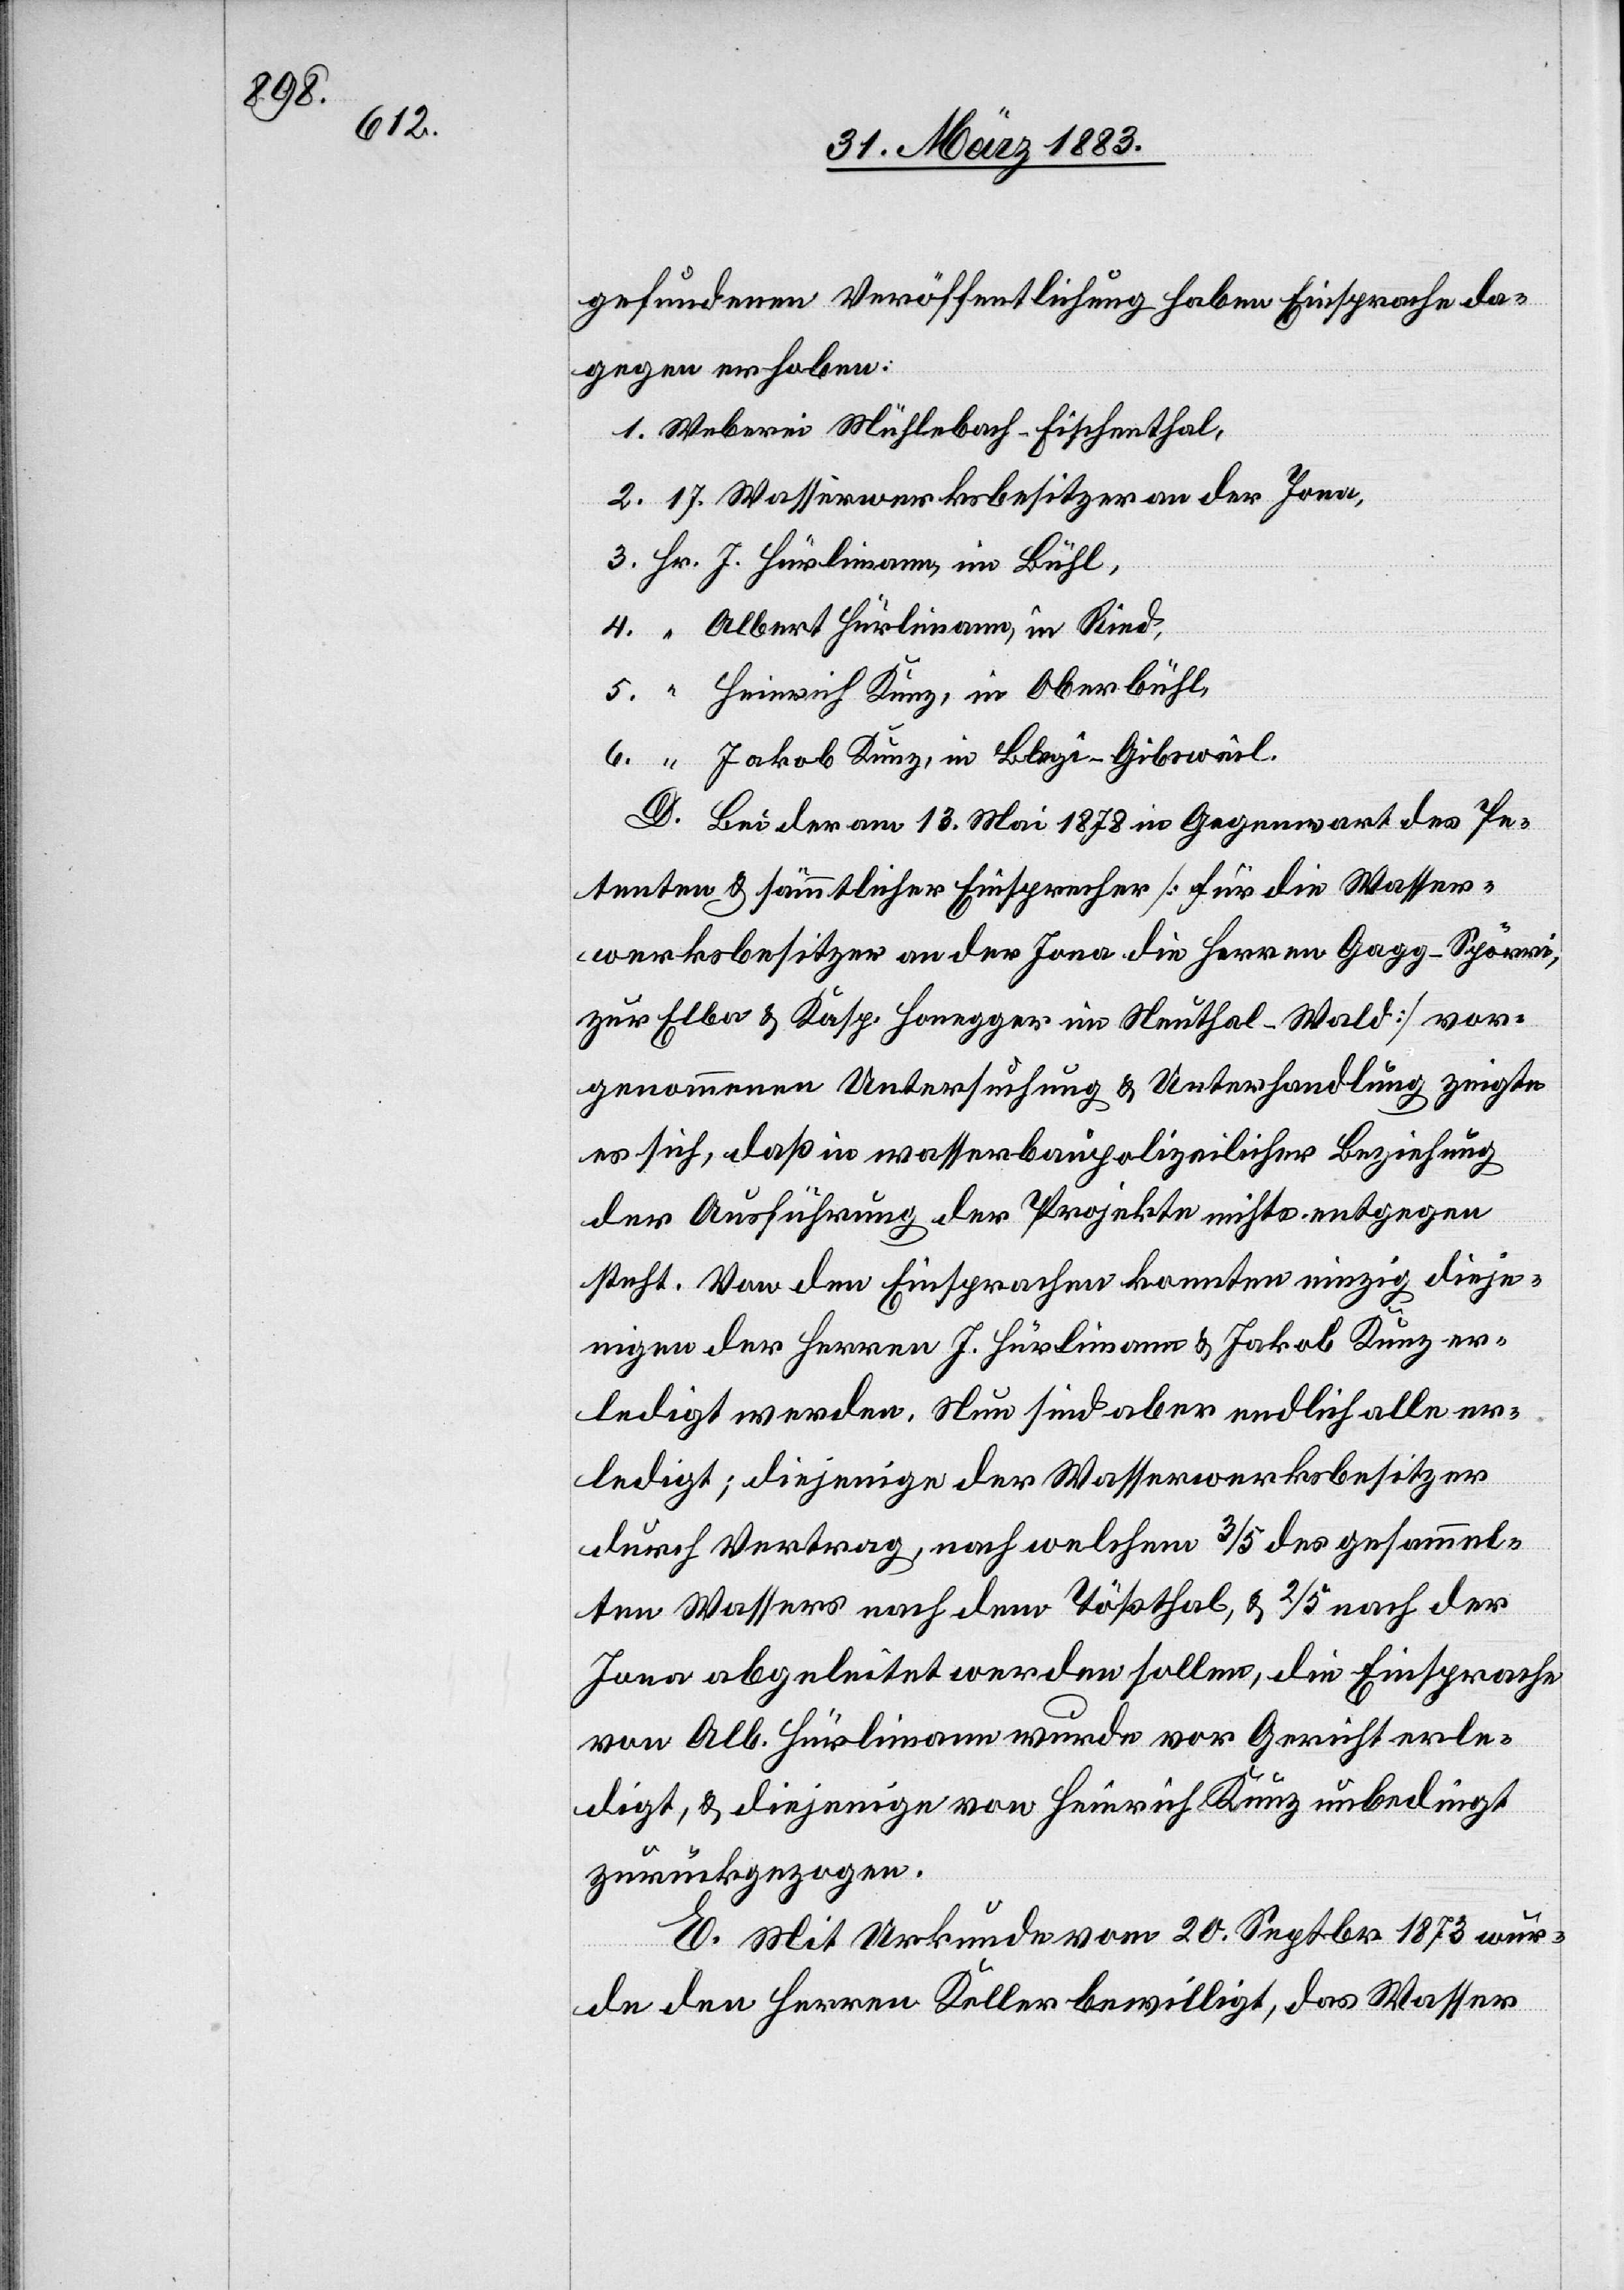
ic!]

gefundenen Veröffentlichung haben Einsprache da¬
gegen erhoben:
1. Weberei Mühlebach - Fischenthal,
2. 17 Wasserwerksbesitzer an der Jona,
3. Hr. J. Hürlimann, im Bühl,
4. “ Albert Hürlimann, in Ried,
5. “ Heinrich Kunz, in Oberbühl,
6. “ Jakob Kunz, in Blegi - Gibsweil.
D. Bei der am 13. Mai 1878 in Gegenwart des [s¬
Petenten & sämmtlicher Einsprecher [für die Wasser¬
werksbesitzer an der Jona die Herren Gagg-Spörri,
zur Elba & Kasp. Honegger im Neuthal - Wald] vor¬
genommenen Untersuchung & Unterhandlung zeigte
es sich, daß in wasserbaupolizeilicher Beziehung
der Ausführung der Projekte nichts entgegen
steht. Von den Einsprachen konnten einzig dieje¬
nigen der Herren J. Hürlimann & Jakob Kunz er¬
ledigt werden. Nun sind aber endlich alle er¬
ledigt; diejenige der Wasserwerksbesitzer
durch Vertrag, nach welchem 3/5 des gesammel¬
ten Wassers nach dem Tößthal, & 2/5 nach der
Jona abgeleitet werden sollen, die Einsprache
von Alb. Hürlimann wurde vor Gericht erle¬
digt, & diejenige von Heinrich Kunz unbedingt
zurückgezogen.
E. Mit Urkunde vom 20. Septbr. 1873 wur¬
de den Herren Keller bewilligt, das Wasser